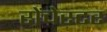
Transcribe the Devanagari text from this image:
रोंचेस्टर